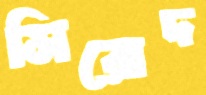
সিরোদ